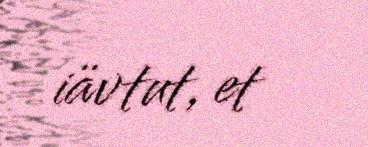
iävtut, et